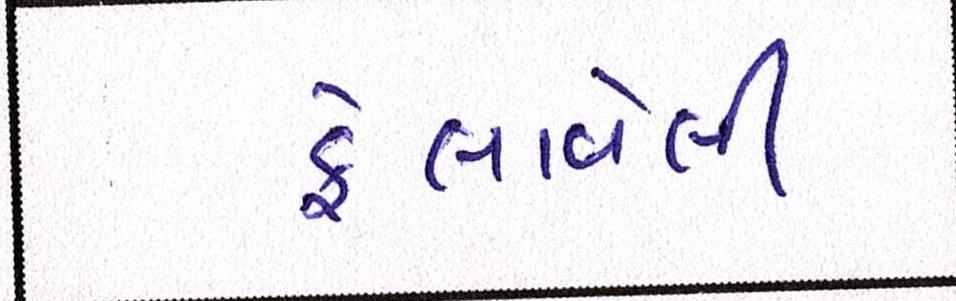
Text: ફેલાવેલી